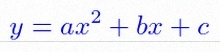
y=ax^2+bx+c